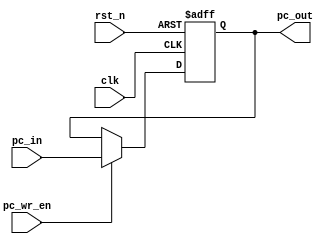
//This is the program counter, triggers on falling edge
//of clk, an enable signal is used for data hazards, when
//it is zero don't update PC. PC is reset to 0.

module PC(clk,rst_n,pc_wr_en,pc_in,pc_out);

input clk, rst_n;
input pc_wr_en;			// asserted when PC update is requested
input [15:0] pc_in;

output reg [15:0] pc_out;	//output PC

/////////////////////////////////////
// PC is updated on falling edge //
///////////////////////////////////
always @(negedge clk, negedge rst_n)
  if (~rst_n)
    pc_out <= 16'h0000;
  else if (pc_wr_en)
    pc_out <= pc_in;
  else
    pc_out <= pc_out;
endmodule

module t_PC();
reg [15:0] pc_in;
wire [15:0] pc_out;
reg clk, rst_n, pc_wr_en;

PC uut(.clk(clk),.rst_n(rst_n),.pc_wr_en(pc_wr_en),.pc_in(pc_in),.pc_out(pc_out));
initial $monitor("rst:%b, PC_in:%d PC_out: %h, clk: %b", rst_n, pc_in, pc_out, clk);

//Reset initially
initial begin
rst_n = 1;
#2;
rst_n = 0;
#2;
rst_n = 1;
end
//Let the counter run
initial begin
clk = 1'b1;
pc_wr_en = 1'b1;
pc_in = 16'd0;
#50;
pc_wr_en = 0;
#20;
$stop;
end

//Clock
always clk = #5 ~clk;
//PC increment
always pc_in = #10 (pc_in + 16'd4);

endmodule